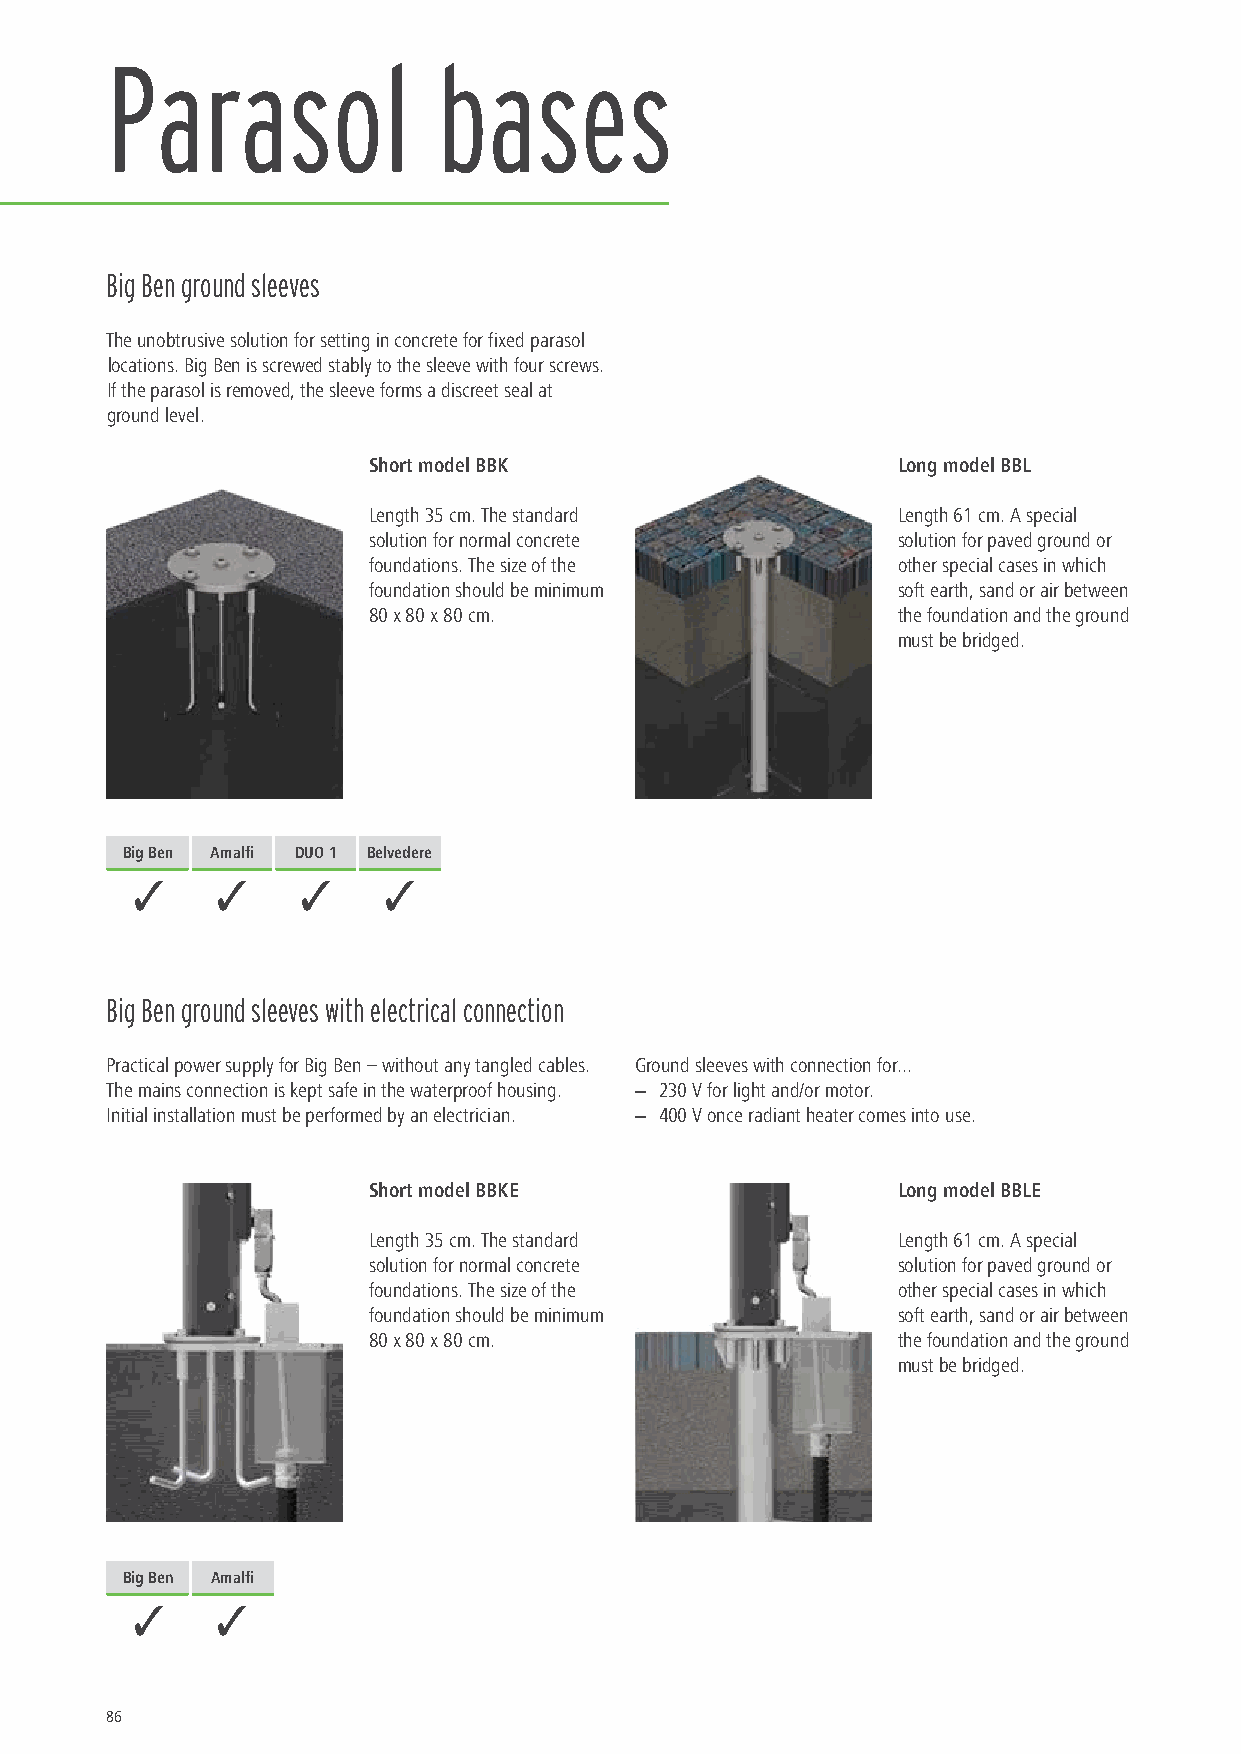
Parasol               bases
 Big Ben ground sleeves
 The unobtrusive solution for setting in concrete for fixed parasol
 locations. Big Ben is screwed stably to the sleeve with four screws.
 If the parasol is removed, the sleeve forms a discreet seal at
 ground level.
 Short model BBK                    Long model BBL
 Length 35 cm. The standard         Length 61 cm. A special
 solution for normal concrete       solution for paved ground or
 foundations. The size of the       other special cases in which
 foundation should be minimum       soft earth, sand or air between
 80 x 80 x 80 cm.                   the foundation and the ground
 must be bridged.
 Big Ben Amalfi DUO 1 Belvedere
 3    3     3    3
 Big Ben ground sleeves with electrical connection
 Practical power supply for Big Ben – without any tangled cables. Ground sleeves with connection for...
 The mains connection is kept safe in the waterproof housing. − 230 V for light and/or motor.
 Initial installation must be performed by an electrician. − 400 V once radiant heater comes into use.
 Short model BBKE                   Long model BBLE
 Length 35 cm. The standard         Length 61 cm. A special
 solution for normal concrete       solution for paved ground or
 foundations. The size of the       other special cases in which
 foundation should be minimum       soft earth, sand or air between
 80 x 80 x 80 cm.                   the foundation and the ground
 must be bridged.
 Big Ben Amalfi
 3    3
 86